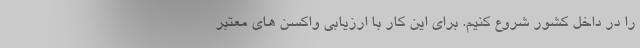
را در داخل کشور شروع کنیم. برای این کار با ارزیابی واکسن های معتبر